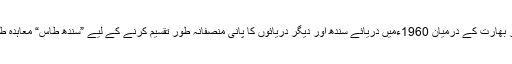
پاکستان اور بھارت کے درمیان 1960ءمیں دریائے سندھ اور دیگر دریائوں کا پانی منصفانہ طور تقسیم کرنے کے لیے ”سندھ طاس“ معاہدہ طے پایا تھا۔